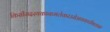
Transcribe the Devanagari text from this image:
किसीसदस्यकानामलेकरउसेअवकारीबताना